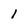
Character: 1